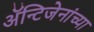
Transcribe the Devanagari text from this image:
अॅन्टिजेनांच्या